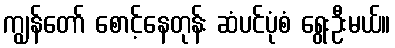
ကျွန်တော် စောင့်နေတုန်း ဆံပင်ပုံစံ ရွေးဦးမယ်။